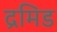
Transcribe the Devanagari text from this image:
द्रमिड